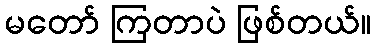
မတော် ကြတာပဲ ဖြစ်တယ်။